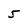
Character: 5